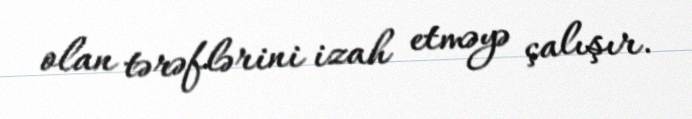
olan tərəflərini izah etməyə çalışır.